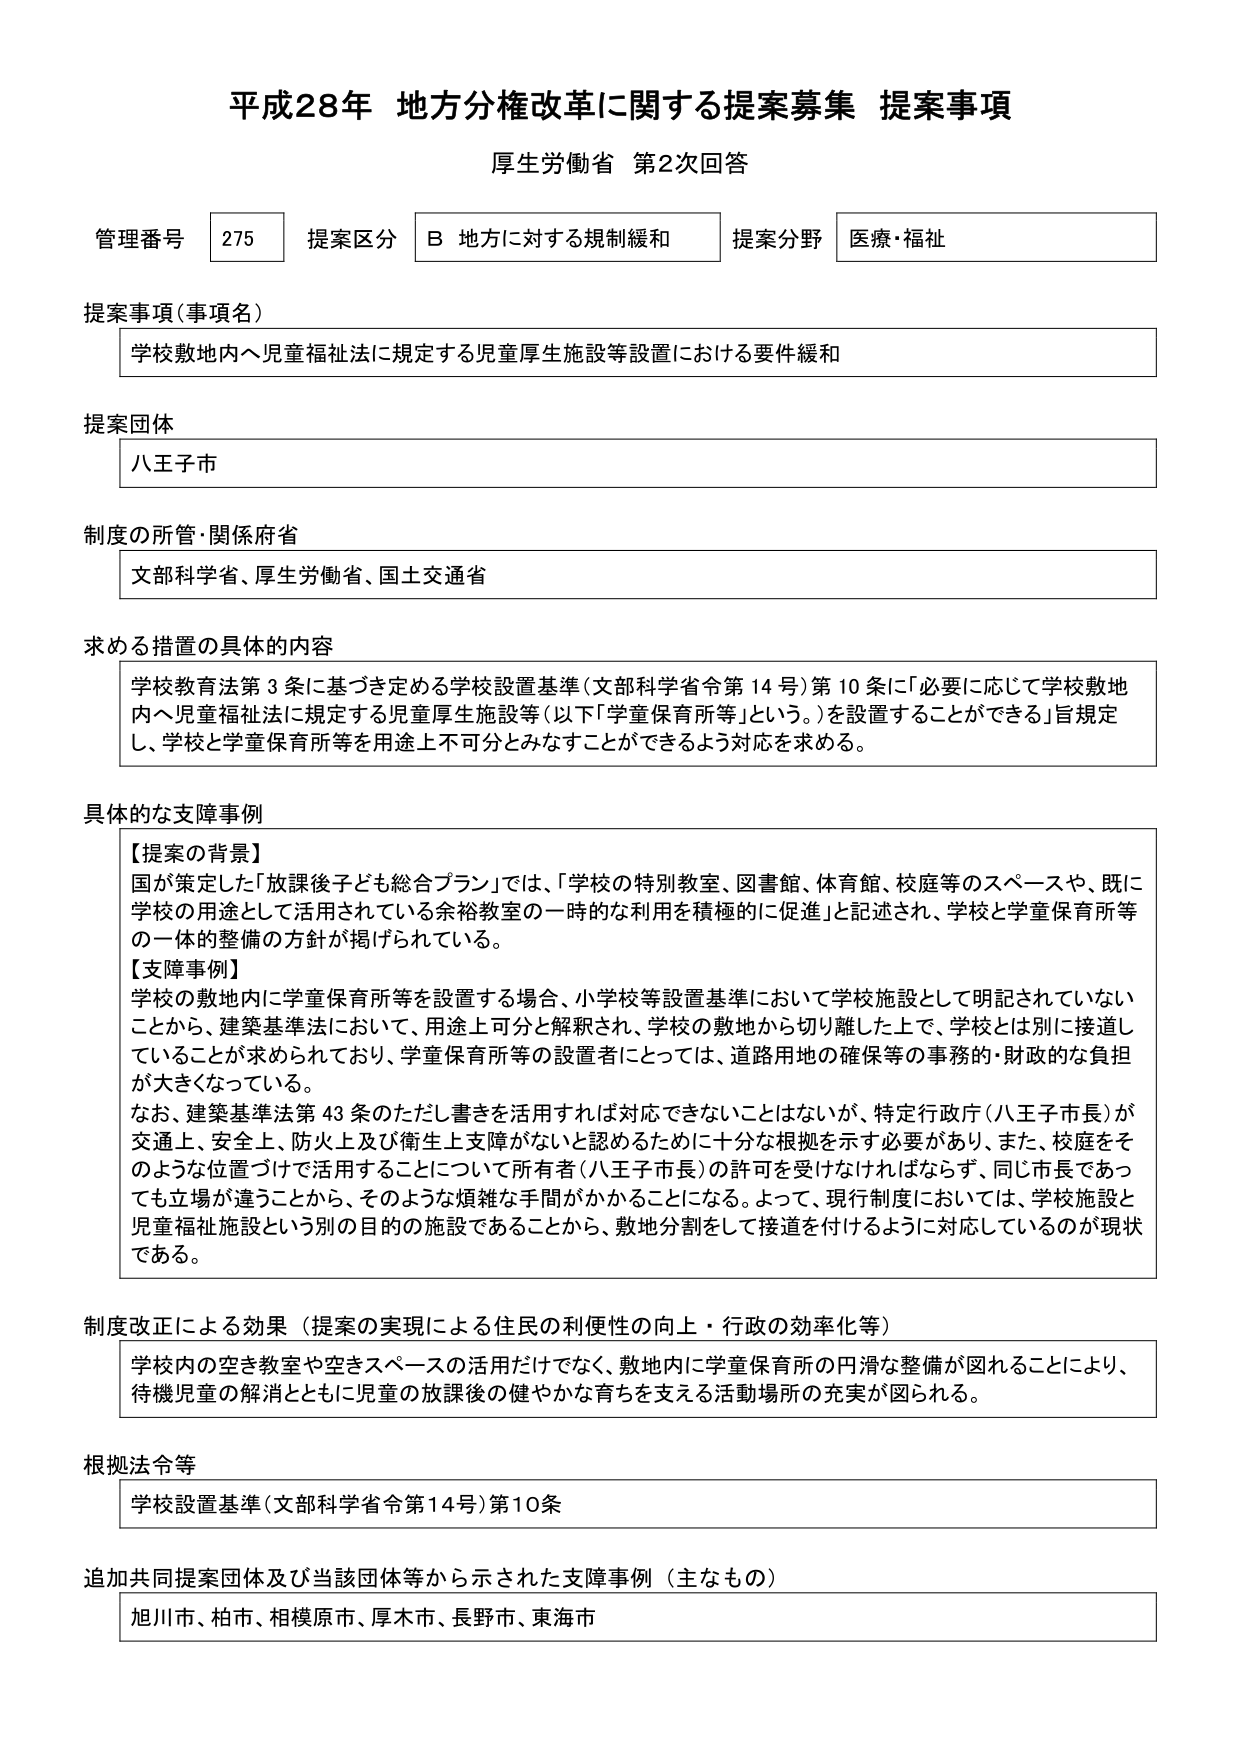
平成28年 地方分権改革に関する提案募集 提案事項
厚生労働省 第2次回答

管理番号 275 提案区分 B 地方に対する規制緩和 提案分野 医療・福祉

提案事項（事項名）
学校敷地内へ児童福祉法に規定する児童厚生施設等設置における要件緩和

提案団体
八王子市

制度の所管・関係府省
文部科学省、厚生労働省、国土交通省

求める措置の具体的内容
学校教育法第3条に基づき定める学校設置基準（文部科学省令第14号）第10条に「必要に応じて学校敷地内へ児童福祉法に規定する児童厚生施設等（以下「学童保育所等」という。）を設置することができる」旨規定し、学校と学童保育所等を用途上不可分とみなすことができるよう対応を求める。

具体的な支障事例
【提案の背景】
国が策定した「放課後子ども総合プラン」では、「学校の特別教室、図書館、体育館、校庭等のスペースや、既に学校の用途として活用されている余裕教室の一時的な利用を積極的に促進」と記述され、学校と学童保育所等の一体的整備の方針が掲げられている。
【支障事例】
学校の敷地内に学童保育所等を設置する場合、小学校等設置基準において学校施設として明記されていないことから、建築基準法において、用途上可分と解釈され、学校の敷地から切り離した上で、学校とは別に接道していることが求められており、学童保育所等の設置者にとっては、道路用地の確保等の事務的・財政的な負担が大きくなっている。
なお、建築基準法第43条のただし書きを活用すれば対応できないことはないが、特定行政庁（八王子市長）が交通上、安全上、防火上及び衛生上支障がないと認めるために十分な根拠を示す必要があり、また、校庭をそのような位置づけで活用することについて所有者（八王子市長）の許可を受けなければならず、同じ市長であっても立場が違うことから、そのような煩雑な手間がかかることになる。よって、現行制度においては、学校施設と児童福祉施設という別の目的の施設であることから、敷地分割をして接道を付けるように対応しているのが現状である。

制度改正による効果（提案の実現による住民の利便性の向上・行政の効率化等）
学校内の空き教室や空きスペースの活用だけでなく、敷地内に学童保育所の円滑な整備が図れることにより、待機児童の解消とともに児童の放課後の健やかな育ちを支える活動場所の充実が図られる。

根拠法令等
学校設置基準（文部科学省令第14号）第10条

追加共同提案団体及び当該団体等から示された支障事例（主なもの）
旭川市、柏市、相模原市、厚木市、長野市、東海市